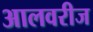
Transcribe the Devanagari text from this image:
आलवरीज